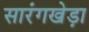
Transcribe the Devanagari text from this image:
सारंगखेड़ा